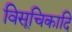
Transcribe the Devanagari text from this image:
विसूचिकादि